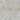
نحن